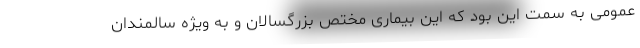
عمومی به سمت این بود که این بیماری مختص بزرگسالان و به ویژه سالمندان